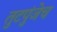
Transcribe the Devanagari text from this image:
तुटपुंजेच